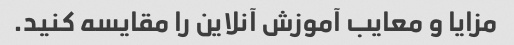
مزایا و معایب آموزش آنلاین را مقایسه کنید.